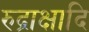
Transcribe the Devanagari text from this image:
रुद्राक्षादि